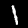
Label: 1